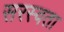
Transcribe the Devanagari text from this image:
सरस्वता